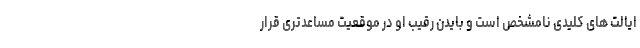
ایالت های کلیدی نامشخص است و بایدن رقیب او در موقعیت مساعدتری قرار